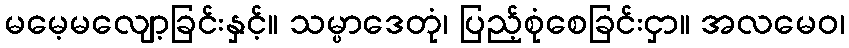
မမေ့မလျော့ခြင်းနှင့်။ သမ္ပာဒေတုံ၊ ပြည့်စုံစေခြင်းငှာ။ အလမေဝ၊